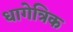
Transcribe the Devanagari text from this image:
धागेत्रिक